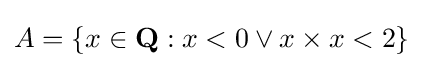
A=\{x\in {\textbf {Q}}:x<0\lor x\times x<2\}